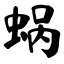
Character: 蜗